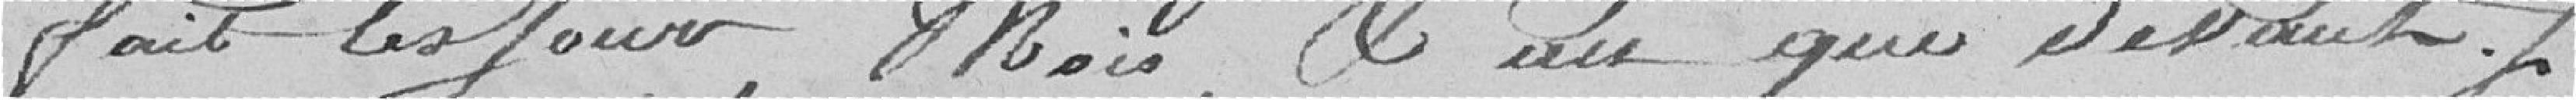
fait les jours, mois et an que devant